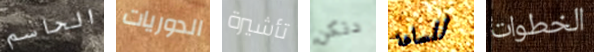
الحاسم الدوريات تأشيرة دنكن للساعة الخطوات